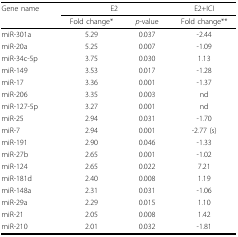
<table><thead><tr><td><b>Gene name</b></td><td colspan="2"><b>E2</b></td><td><b>E2+ICI</b></td></tr><tr><td></td><td><b>Fold change*</b></td><td><b><i>p</i>-value</b></td><td><b>Fold change**</b></td></tr></thead><tbody><tr><td>miR-301a</td><td>5.29</td><td>0.037</td><td>-2.44</td></tr><tr><td>miR-20a</td><td>5.25</td><td>0.007</td><td>-1.09</td></tr><tr><td>miR-34c-5p</td><td>3.75</td><td>0.030</td><td>1.13</td></tr><tr><td>miR-149</td><td>3.53</td><td>0.017</td><td>-1.28</td></tr><tr><td>miR-17</td><td>3.36</td><td>0.001</td><td>-1.37</td></tr><tr><td>miR-206</td><td>3.35</td><td>0.003</td><td>nd</td></tr><tr><td>miR-127-5p</td><td>3.27</td><td>0.001</td><td>nd</td></tr><tr><td>miR-25</td><td>2.94</td><td>0.031</td><td>-1.70</td></tr><tr><td>miR-7</td><td>2.94</td><td>0.001</td><td>-2.77 (s)</td></tr><tr><td>miR-191</td><td>2.90</td><td>0.046</td><td>-1.33</td></tr><tr><td>miR-27b</td><td>2.65</td><td>0.001</td><td>-1.02</td></tr><tr><td>miR-124</td><td>2.65</td><td>0.022</td><td>7.21</td></tr><tr><td>miR-181d</td><td>2.40</td><td>0.008</td><td>1.19</td></tr><tr><td>miR-148a</td><td>2.31</td><td>0.031</td><td>-1.06</td></tr><tr><td>miR-29a</td><td>2.29</td><td>0.015</td><td>1.10</td></tr><tr><td>miR-21</td><td>2.05</td><td>0.008</td><td>1.42</td></tr><tr><td>miR-210</td><td>2.01</td><td>0.032</td><td>-1.81</td></tr></tbody></table>